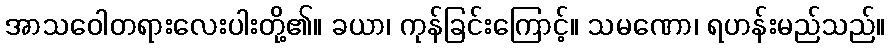
အာသဝေါတရားလေးပါးတို့၏။ ခယာ၊ ကုန်ခြင်းကြောင့်။ သမဏော၊ ရဟန်းမည်သည်။